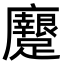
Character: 𨇭